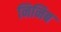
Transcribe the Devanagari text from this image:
निनिब